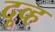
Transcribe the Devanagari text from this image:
दूव्ह